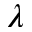
\lambda